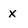
Character: x